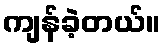
ကျန်ခဲ့တယ်။